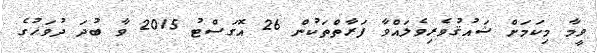
ވީމާ މިކަަމަށް ޝައުޤުވެރިވެލައްވާ ފަރާތްތަކުން 26 އޮގަސްޓު 2015 ވާ ބުދަ ދުވަހުގެ